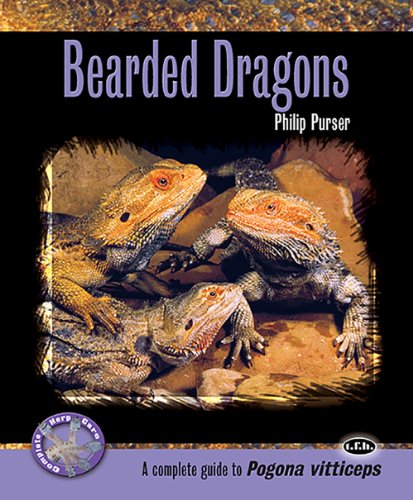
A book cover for Bearded Dragons (Complete Herp Care); Phillip Purser; Crafts, Hobbies & Home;